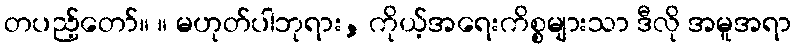
တပည့်တော်။ ။ မဟုတ်ပါဘုရား, ကိုယ့်အရေးကိစ္စများသာ ဒီလို အမူအရာ